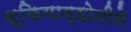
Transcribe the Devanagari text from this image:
स्कियाव्होनीने